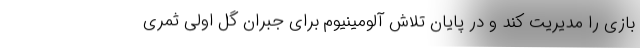
بازی را مدیریت کند و در پایان تلاش آلومینیوم برای جبران گل اولی ثمری